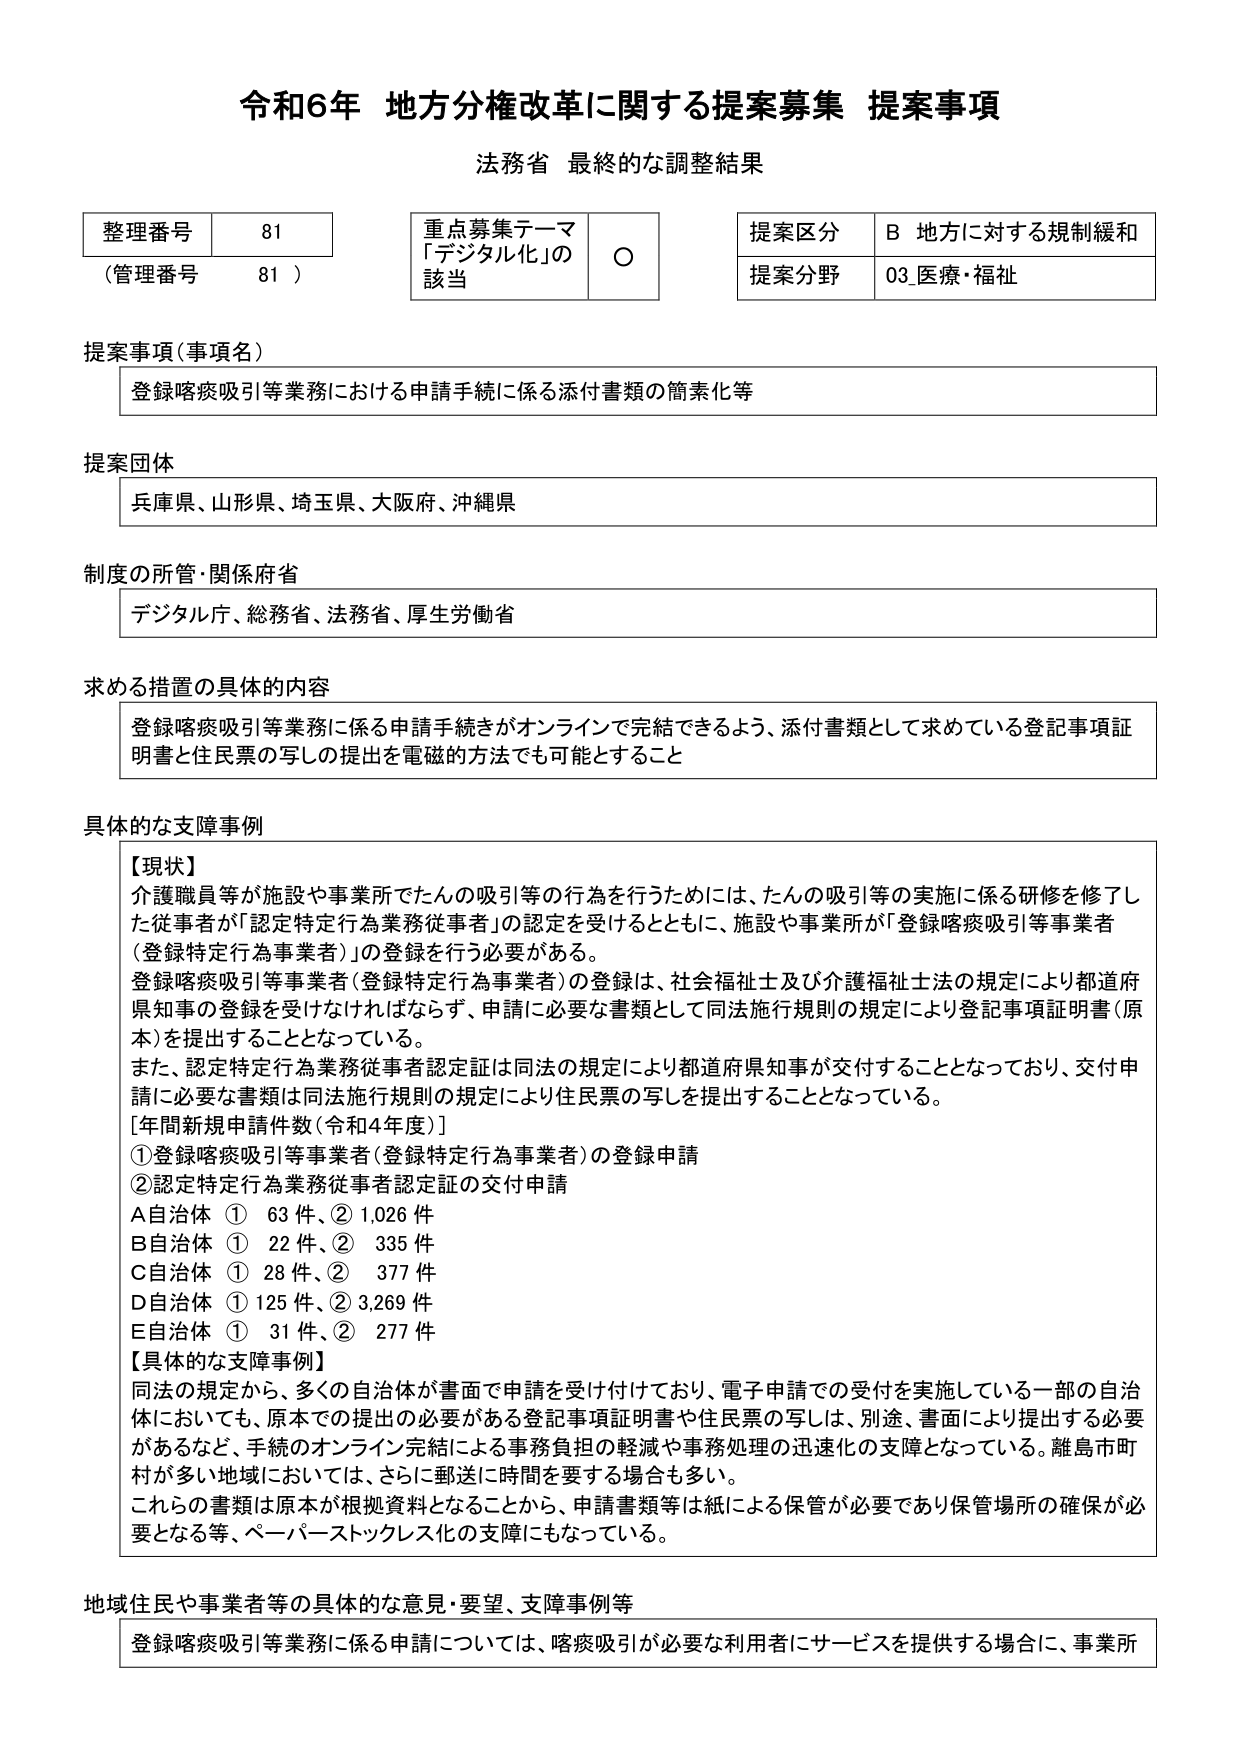
令和6年 地方分権改革に関する提案募集 提案事項
法務省 最終的な調整結果

整理番号 81
（管理番号 81）

重点募集テーマ
「デジタル化」の該当 ○

提案区分 B 地方に対する規制緩和
提案分野 03 医療・福祉

提案事項（事項名）
登録喀痰吸引等業務における申請手続に係る添付書類の簡素化等

提案団体
兵庫県、山形県、埼玉県、大阪府、沖縄県

制度の所管・関係府省
デジタル庁、総務省、法務省、厚生労働省

求める措置の具体的内容
登録喀痰吸引等業務に係る申請手続きがオンラインで完結できるよう、添付書類として求めている登記事項証明書と住民票の写しの提出を電磁的方法でも可能とすること

具体的な支障事例
【現状】
介護職員等が施設や事業所でたんの吸引等の行為を行うためには、たんの吸引等の実施に係る研修を修了した従事者が「認定特定行為業務従事者」の認定を受けるとともに、施設や事業所が「登録喀痰吸引等事業者（登録特定行為事業者）」の登録を行う必要がある。
登録喀痰吸引等事業者（登録特定行為事業者）の登録は、社会福祉士及び介護福祉士法の規定により都道府県知事の登録を受けなければならないず、申請に必要な書類として同法施行規則の規定により登記事項証明書（原本）を提出することとなっている。
また、認定特定行為業務従事者認定証は同法の規定により都道府県知事が交付することとなっており、交付申請に必要な書類は同法施行規則の規定により住民票の写しを提出することとなっている。
[年間新規申請件数（令和4年度）]
① 登録喀痰吸引等事業者（登録特定行為事業者）の登録申請
② 認定特定行為業務従事者認定証の交付申請
A自治体 ① 63件、② 1,026件
B自治体 ① 22件、② 335件
C自治体 ① 28件、② 377件
D自治体 ① 125件、② 3,269件
E自治体 ① 31件、② 277件
【具体的な支障事例】
同法の規定から、多くの自治体が書面で申請を受け付けており、電子申請での受付を実施している一部の自治体においても、原本での提出の必要がある登記事項証明書や住民票の写しは、別途、書面により提出する必要があるなど、手続のオンライン完結による事務負担の軽減や事務処理の迅速化の支障となっている。離島市町村が多い地域においては、さらに郵送に時間を要する場合も多い。
これらの書類は原本が根拠資料となることから、申請書類等は紙による保管が必要であり保管場所の確保が必要となる等、ペーパーストックレス化の支障にもなっている。

地域住民や事業者等の具体的な意見・要望、支障事例等
登録喀痰吸引等業務に係る申請については、喀痰吸引が必要な利用者にサービスを提供する場合に、事業所